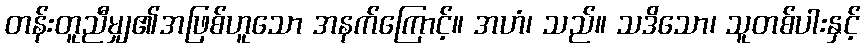
တန်းတူညီမျှ၏အဖြစ်ဟူသော အနက်ကြောင့်။ အဟံ၊ သည်။ သဒိသော၊ သူတစ်ပါးနှင့်